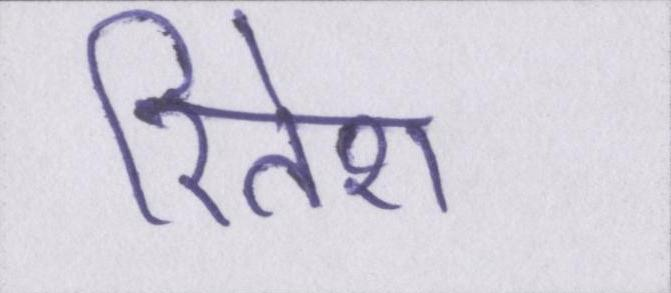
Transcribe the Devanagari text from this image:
रितेश